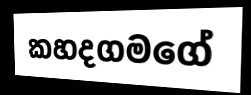
කහදගමගේ